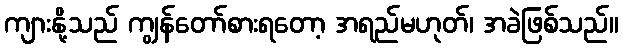
ကျားနို့သည် ကျွန်တော်စားရတော့ အရည်မဟုတ်၊ အခဲဖြစ်သည်။